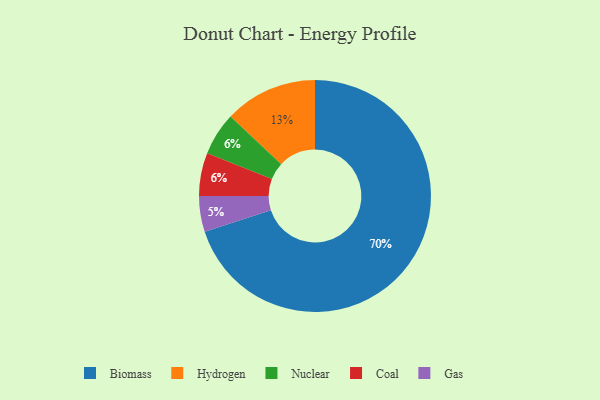
{"axis": {"x": "Category", "y": "Percentage"}, "legend": ["Biomass", "Coal", "Gas", "Hydrogen", "Nuclear"], "data": [{"x": "Gas", "y": 5, "type": "Gas"}, {"x": "Nuclear", "y": 6, "type": "Nuclear"}, {"x": "Coal", "y": 6, "type": "Coal"}, {"x": "Biomass", "y": 70, "type": "Biomass"}, {"x": "Hydrogen", "y": 13, "type": "Hydrogen"}]}